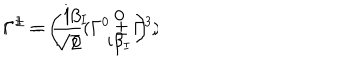
\Gamma ^ { \pm } = \frac { 1 } { \sqrt { 2 } } ( \Gamma ^ { 0 } \pm \Gamma ^ { 3 } ) \hspace { 7 m m } \Gamma ^ { I } = \left( \begin{array} { c c } { { \mathrm { i } \beta _ { I } } } & { { 0 } } \\ { { 0 } } & { { \mathrm { i } \beta _ { I } } } \\ \end{array} \right) ,